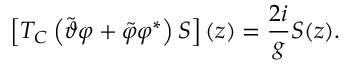
\left\lbrack T _ { C } \left( \tilde { \vartheta } \varphi + \tilde { \varphi } \varphi ^ { \ast } \right) S \right\rbrack ( z ) = \frac { 2 i } { g } S ( z ) .